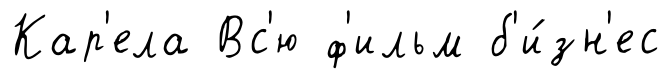
Кар'ела Вс'ю ф'ильм б'и́зн'ес